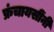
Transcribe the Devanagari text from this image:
फ्रंचायसींनी